Lunatic asylums Central Provinces reports 1895-1909 - 1895-1909
Year: 1895
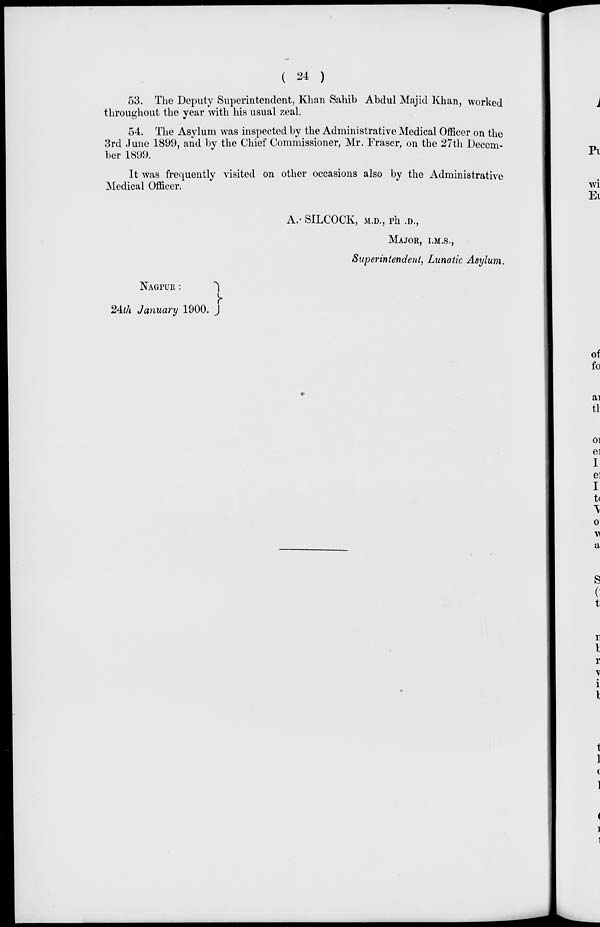
( 24 )
53. The Deputy Superintendent, Khan Sahib Abdul Majid Khan, worked
throughout the year with his usual zeal.
54. The Asylum was inspected by the Administrative Medical Officer on the
3rd June 1899, and by the Chief Commissioner, Mr. Fraser, on the 27th Decem-
ber 1899.
It was frequently visited on other occasions also by the Administrative
Medical Officer.
A.SILCOCK, M.D., Ph .D.,
MAJOR, I.M.S.,
Superintendent, Lunatic Asylum.
NAGPUR :
24th January 1900.